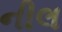
નીલ